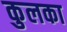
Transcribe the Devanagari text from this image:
कुलका